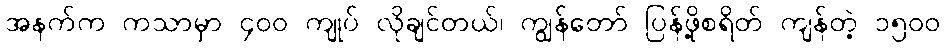
အနက်က ကသာမှာ ၄၀၀ ကျုပ် လိုချင်တယ်၊ ကျွန်တော် ပြန်ဖို့စရိတ် ကျန်တဲ့ ၁၅၀၀